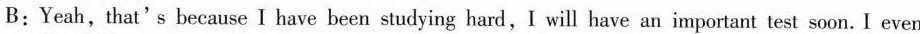
B:Yeah, that's because I have been studying hard,I will have an important test soon. I even